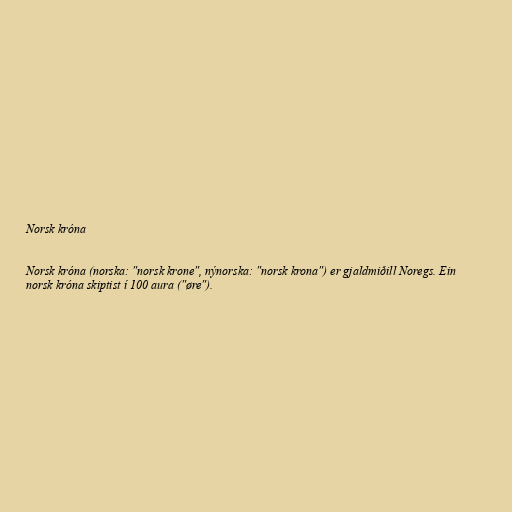
Norsk króna

Norsk króna (norska: "norsk krone", nýnorska: "norsk krona") er gjaldmiðill Noregs. Ein
norsk króna skiptist í 100 aura ("øre").